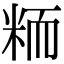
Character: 粫